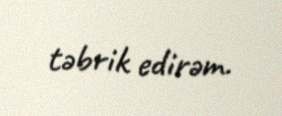
təbrik edirəm.